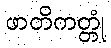
ဖာတိကတ္တုံ